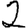
Digit: 2